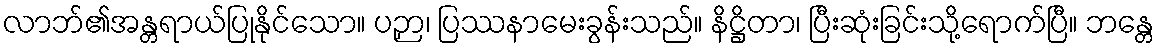
လာဘ်၏အန္တရာယ်ပြုနိုင်သော။ ပဉှာ၊ ပြဿနာမေးခွန်းသည်။ နိဋ္ဌိတာ၊ ပြီးဆုံးခြင်းသို့ရောက်ပြီ။ ဘန္တေ